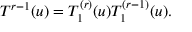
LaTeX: { \cal T } ^ { r - 1 } ( u ) = T _ { 1 } ^ { ( r ) } ( u ) T _ { 1 } ^ { ( r - 1 ) } ( u ) .